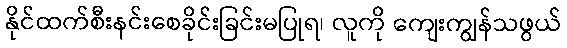
နိုင်ထက်စီးနင်းစေခိုင်းခြင်းမပြုရ၊ လူကို ကျေးကျွန်သဖွယ်